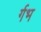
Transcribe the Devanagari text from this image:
र्गभ